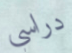
دراسي